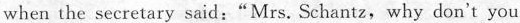
when the secretary said:"Mrs. Schantz,why don't you